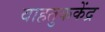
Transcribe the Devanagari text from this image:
वाहतुककेंद्र